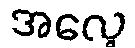
အလေ့